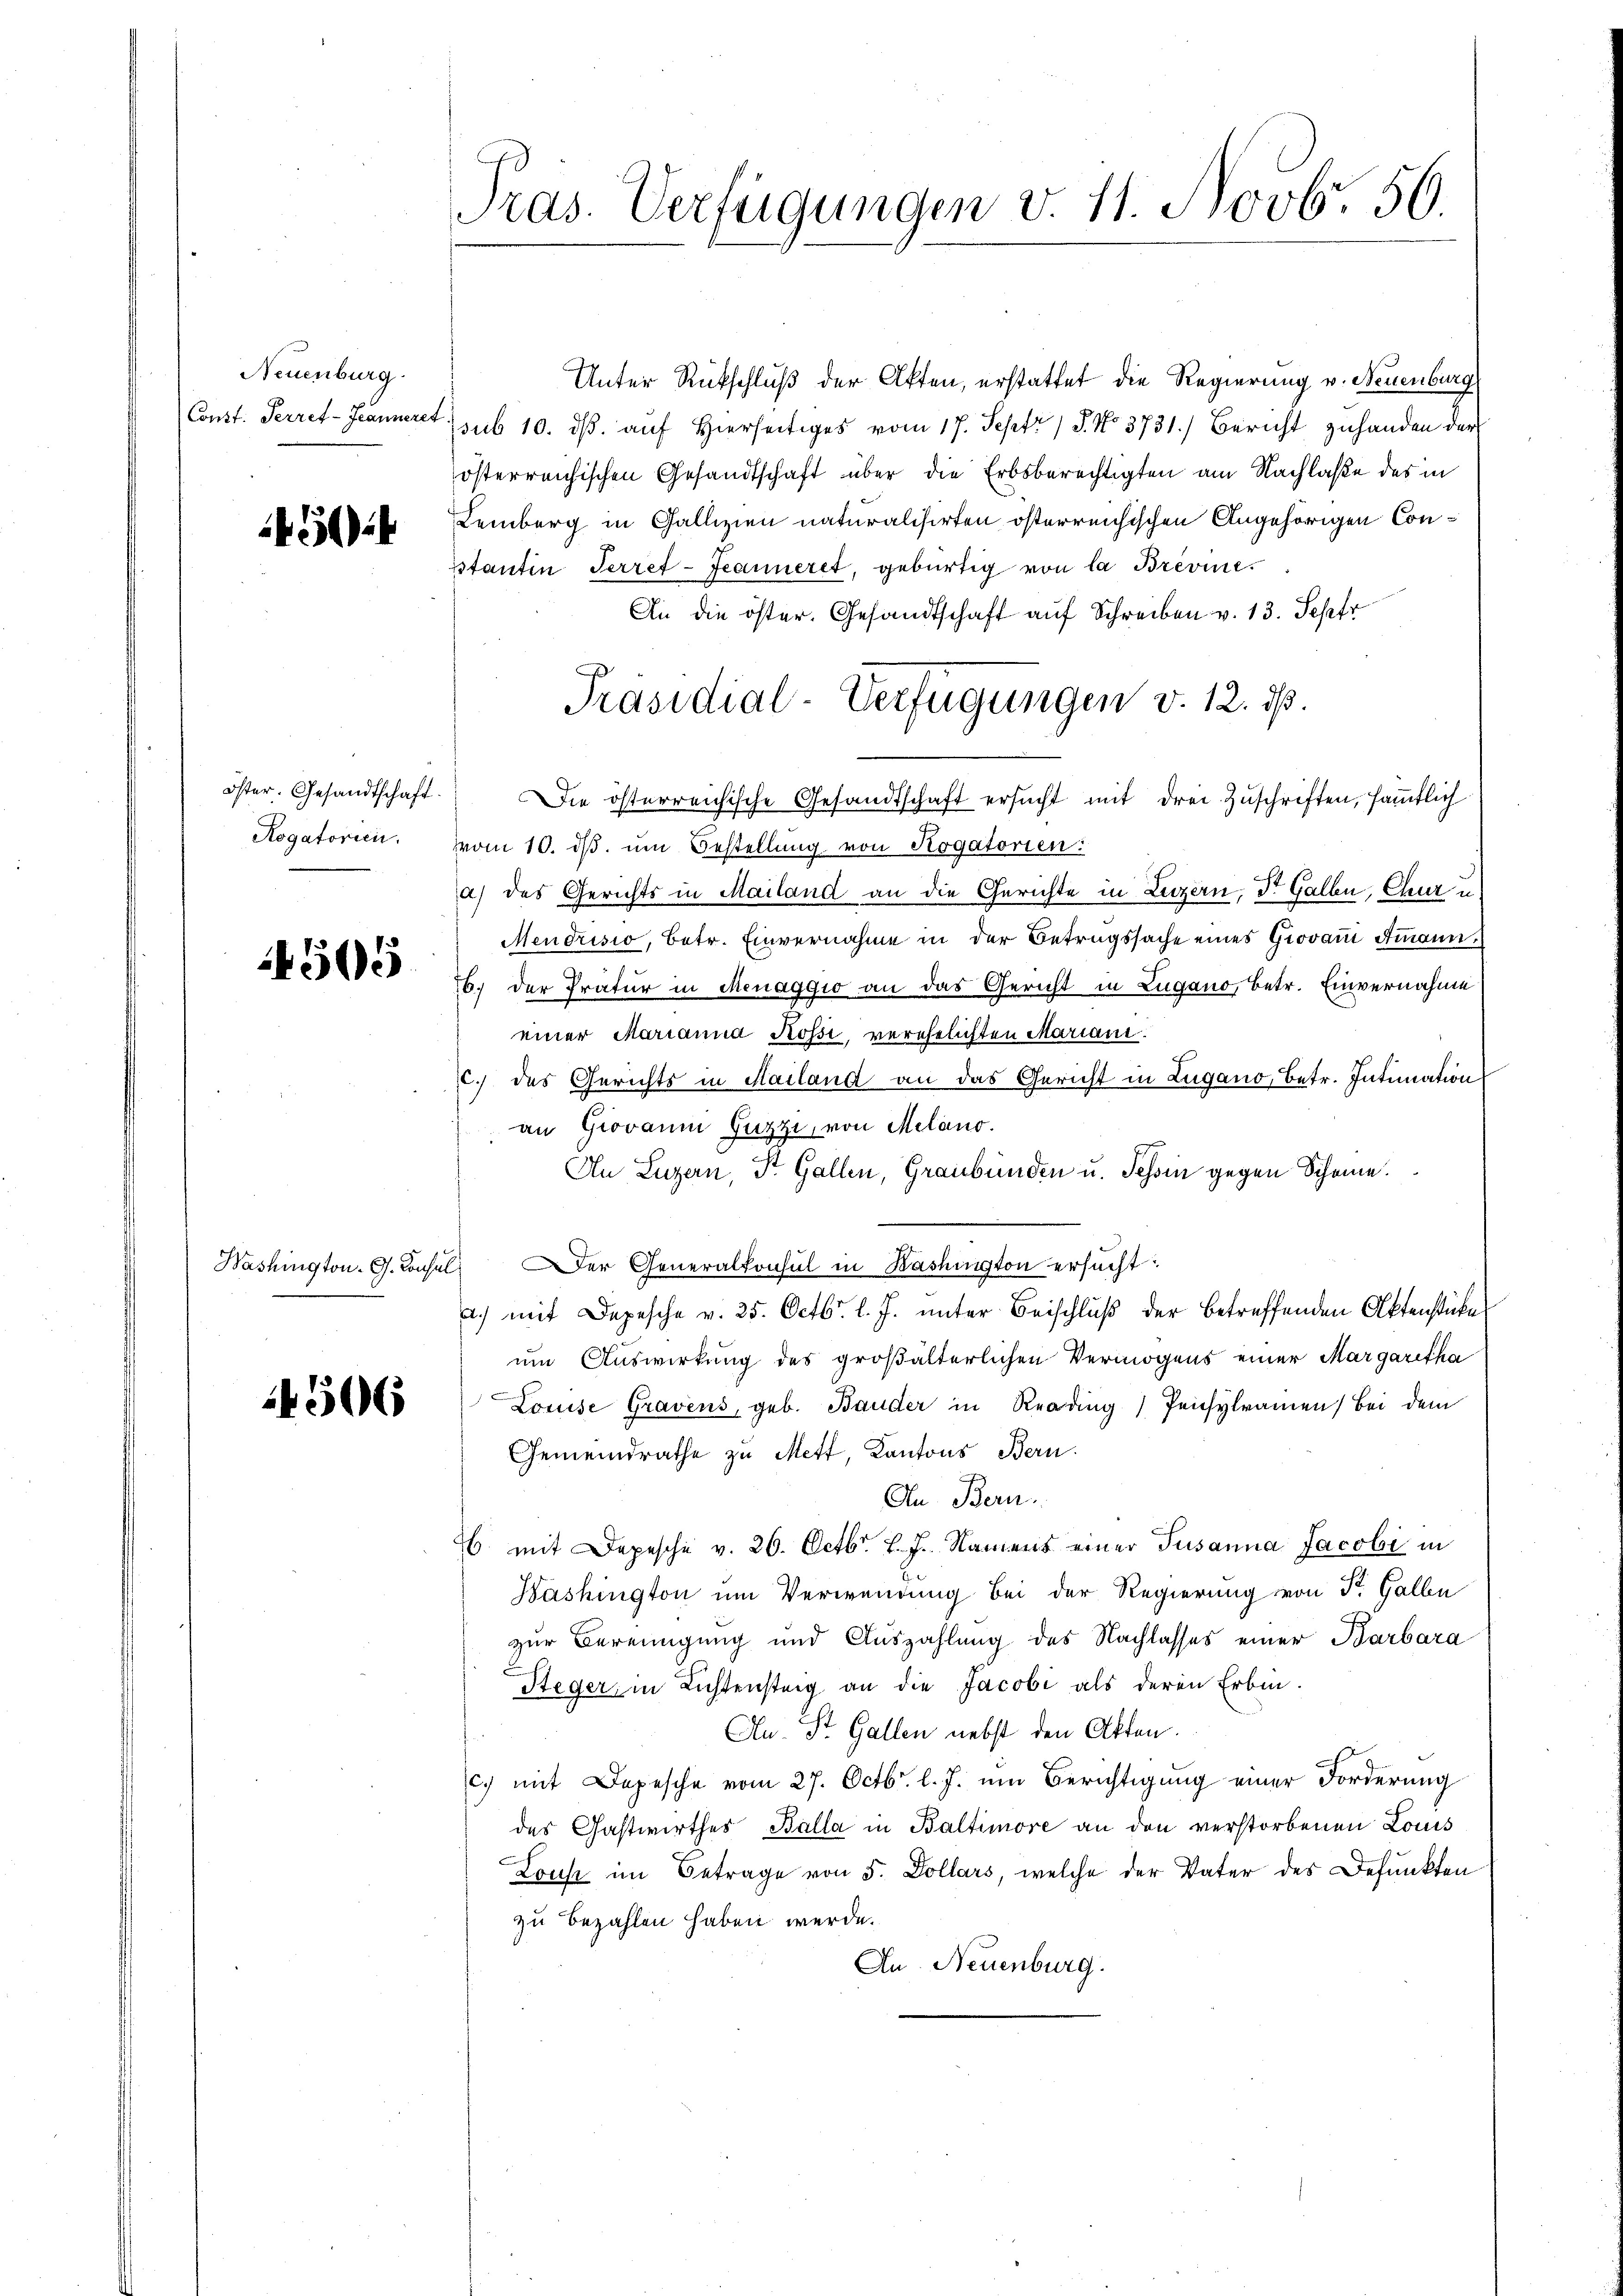
Neuenburg.
(Const. Perret-Jeanneres

i

Rogatorien.

4505

506

Unter Rückschluß der Akten, erstattet die Regierung v. Neuenburg
sub 10. ds. auf Hierseitiges vom 17. Septr / 5. No. 3731.) Bericht zuhanden der
österreichischen Gesandtschaft über die Erbsberechtigten am Nachlaße des in
Lemberg in Gallizien naturalisirten österreichischen Angehörigen Consstantin Terret-Jeanneret, gebürtig von la Brevine
An die öster. Gesandtschaft auf Schreiben v. 13. Sept
öster. Gesandtschaft. Die österreichische Gesandtschaft ersucht mit drei Zuschriften, sämtlich
vom 10. ds. um Bestellung von Rogatorien:
a) des Gerichts in Mailand an die Gerichte in Luzern, Dr. Gallen, Chur u.
Mendrisio, betr. Einvernahme in der Betrugssache eines Giovani Ammann.
b. der Pratur in Menaggio an das Gericht in Zugano, Betr. Einvernahme
einer Marianna Kossi, verehelichten Mariani.
c.) das Gerichts in Mailand an das Gericht in Lugano, Betr. Intimation
an Giovaum Guzzi, von Melano.
An Luzern, Dr. Gallen, Graubünden u. Tessin gegen Scheine.
Washington. G. Consul er Generalkonsul in Kashington ersucht:
.) mit Depesche v. 25. Octbr. l. J. unter Beischluß der betreffenden Aktenstükes
um Auswirkung des großälterlichen Vermögens einer Margaretha
Louise Gravens, geb. Bauder in Reding Pensylramen bei dem
Gemeindrathe zu Mett, Kantons Bern.
An Bern.
6 mit Depesche v. 26. Octbr. v. J. Nament einer Susanna Jacobi in
Washington um Verwendung bei der Regierung von St. Gallen
zur Bereinigung und Auszahlung des Nachlasses einer Barbara
Steger, in Lichtensteig an die Jacobi als deren Erbin-
Au- St. Gallen nebst den Akten.
c.) mit Depesche vom 27. Octbr. l. J. um Berichtigung einer Forderung
des Gastwirthes Balla in Baltimore an den verstorbenen Louis
Lous im Betrage von 5. Dollars, welche der Vater des Befunkten
zu bezahlen haben werde.
An Neuenburg.

Pras. Verfügungen v. 11. Novb. 50.

Präsidial-Verfügungen v. 12. ds.